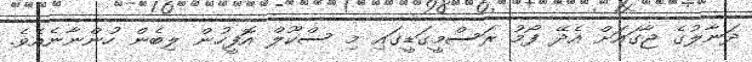
ދަނާލުގެ ޖާގައަށް އެދޭ ފޯމު ރަސްމީގަޑީގައި މި ސްކޫލް އޮފީހުން ލިބެން ހުންނާނެއެވެ.